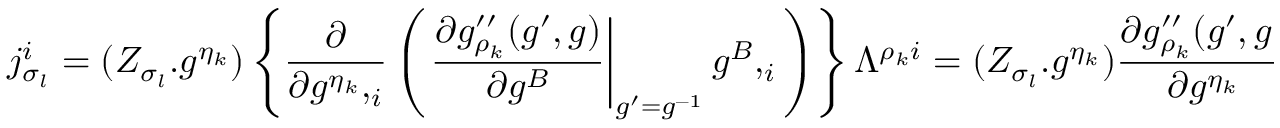
j _ { \sigma _ { l } } ^ { i } = ( Z _ { \sigma _ { l } } . g ^ { \eta _ { k } } ) \left\{ \frac { \partial } { \partial g ^ { \eta _ { k } } , _ { i } } \left( \left. \frac { \partial g _ { \rho _ { k } } ^ { \prime \prime } ( g ^ { \prime } , g ) } { \partial g ^ { B } } \right| _ { g ^ { \prime } = g ^ { - 1 } } g ^ { B } , _ { i } \right) \right\} \Lambda ^ { \rho _ { k } i } \left. = ( Z _ { \sigma _ { l } } . g ^ { \eta _ { k } } ) \frac { \partial g _ { \rho _ { k } } ^ { \prime \prime } ( g ^ { \prime } , g ) } { \partial g ^ { \eta _ { k } } } \right| _ { g ^ { \prime } = g ^ { - 1 } } \Lambda ^ { \rho _ { k } i }